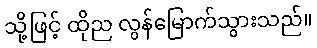
သို့ဖြင့် ထိုည လွန်မြောက်သွားသည်။